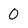
Character: 0